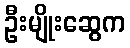
ဦးမျိုးဆွေက